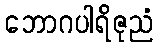
ဘောဂပါရိဇုညံ